Civil Veterinary Department. United Provinces 1923-31 - 1923-1931
Year: 1923
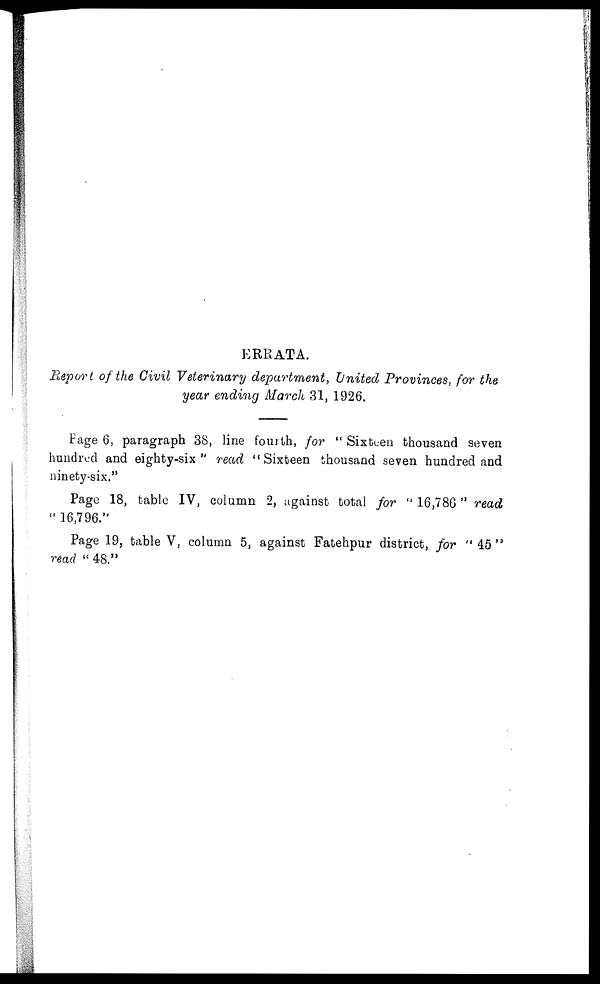
ERRATA.
Report of the Civil Veterinary department, United Provinces, for the
year ending March 31, 1926.
Page 6, paragraph 38, line fourth, for "Sixteen thousand seven
hundred and eighty-six" read "Sixteen thousand seven hundred and
ninety-six."
Page 18, table IV, column 2, against total for "16,786" read
"16,796."
Page 19, table V, column 5. against Fatehpur district, for "45"
read "48."